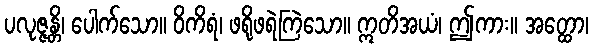
ပလုဇ္ဇန္တိ၊ ပေါက်သော။ ဝိကိရံ၊ ဖရိုဖရဲကြဲသော။ ဣတိအယံ၊ ဤကား။ အတ္ထော၊